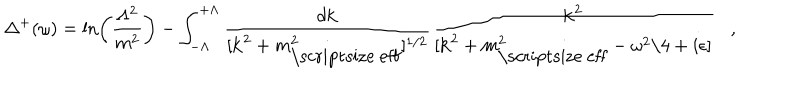
LaTeX: \Delta ^ { + } ( \omega ) = \ln \left( \frac { \Lambda ^ { 2 } } { m ^ { 2 } } \right) - \int _ { - \Lambda } ^ { + \Lambda } \frac { d { \bf k } } { [ { \bf k } ^ { 2 } + m _ { \mathrm { \scriptsize ~ e f f } } ^ { 2 } ] ^ { 1 / 2 } } \frac { { \bf k } ^ { 2 } } { [ { \bf k } ^ { 2 } + m _ { \mathrm { \scriptsize ~ e f f } } ^ { 2 } - \omega ^ { 2 } / 4 + i \epsilon ] } ,